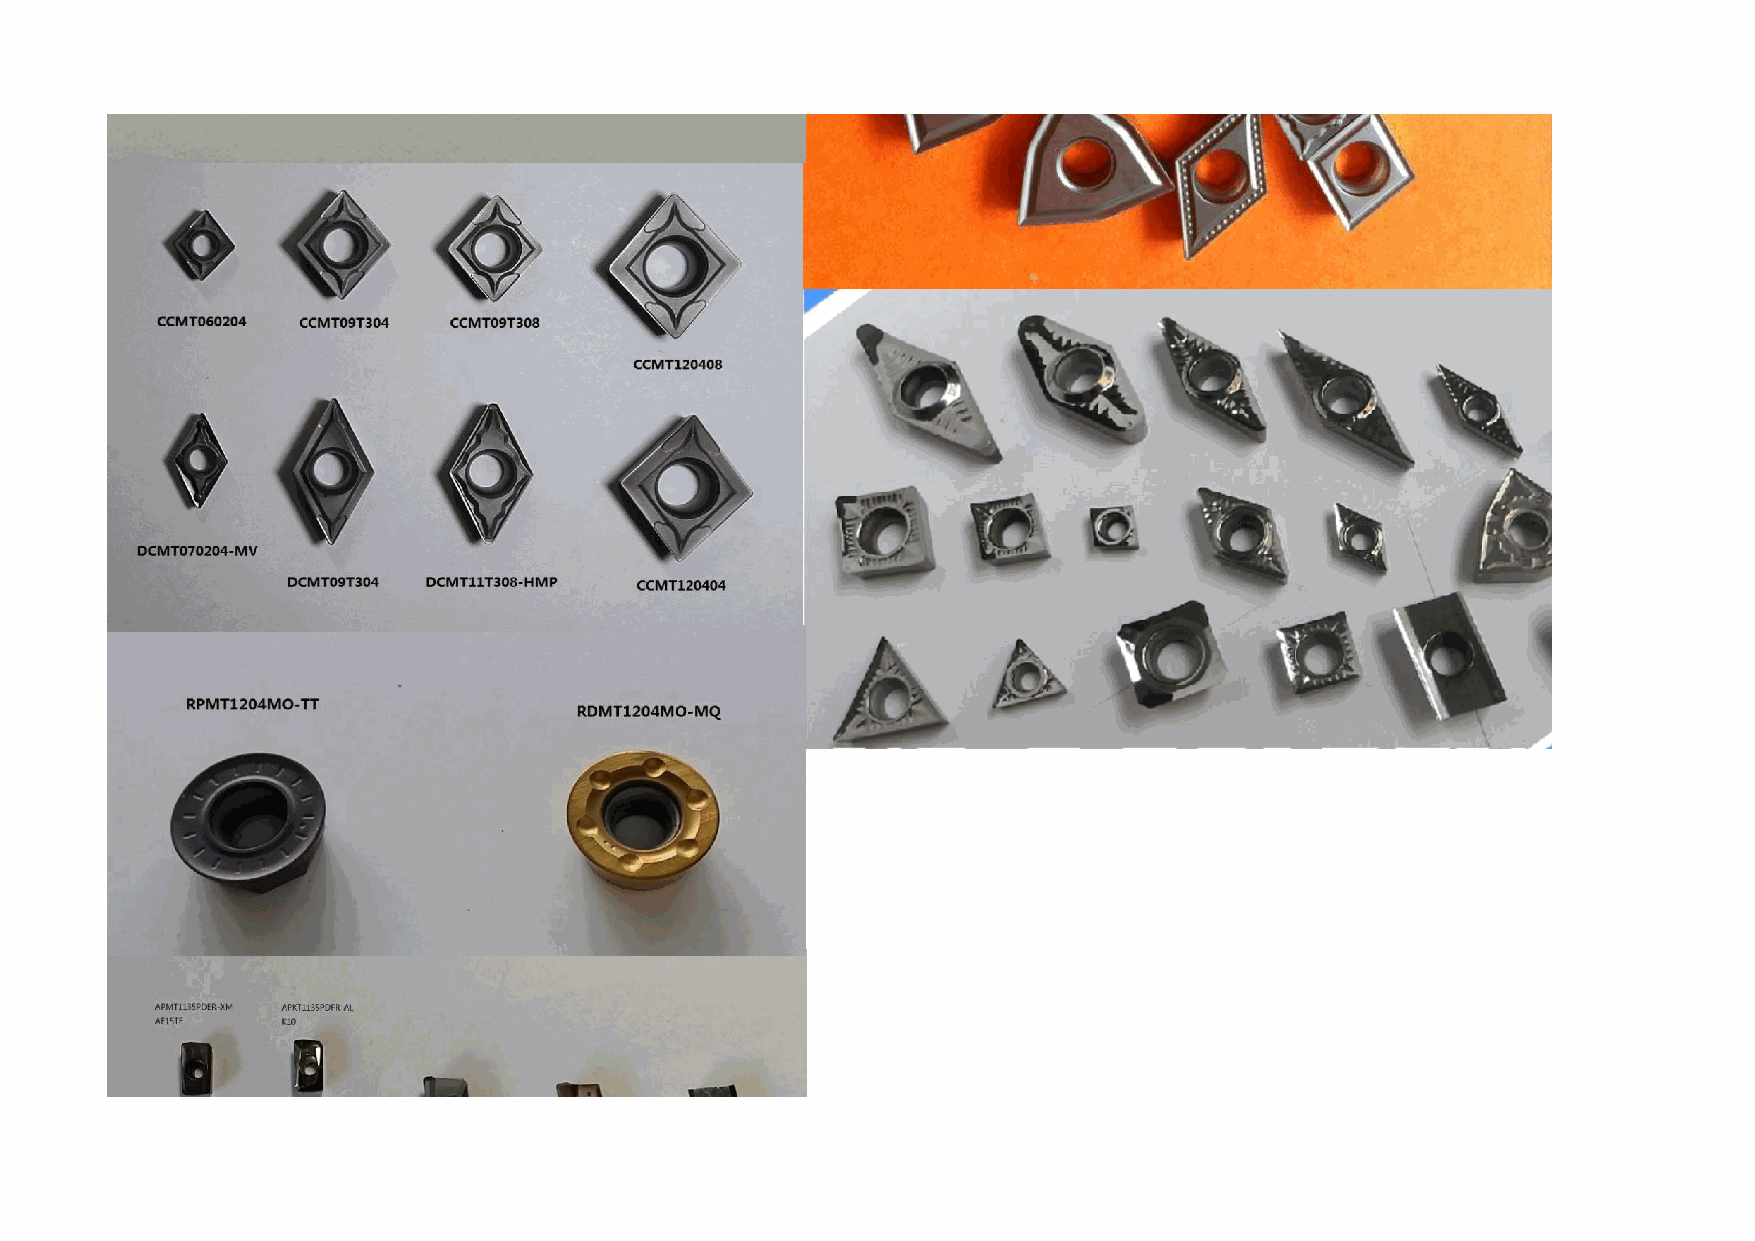
VNMG160408-MS   AE15TF
 VBMT160404-MV   AE15TF
 VBMT160408-MV   AE15TF
 SNMG120404-HA  AE15TF
 SNMG120404-HS  AE15TF
 SNMG120408-MA   AE15TF
 SNMG120408-MS  AE15TF
 SNMG150612-CM2  AE9025
 APMT1135PDER-H2   AE15TF
 APMT1604PDER-H2   AE15TF
 APMT1135PDER-M2   AE15TF
 APMT1604PDER-M2   AE15TF
 APMT1135PDER-XM   AE15TF
 APMT1604PEER-XM   AE15TF
 APMT1135PDER-XM   AE5320
 APMT1604PEER-XM   AE5320
 RPMT1003MO-TT   AE5320
 RPMT10T3MOE-JS   AE15TF
 RPMT1204MO-TT   AE15TF
 RDMT1204MO   AE5230
 RDRW1604MOT23   AE9025
 RCRT1606MOT23   AE9025
 SEKT1204AFFN  MTC
 SEKT1204AFTN-XM   AE15TF
 APKT1135PDFR-AL  K10